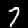
Label: 7